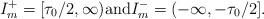
LaTeX: \begin{align*}I_m^+ = [\tau_0/2,\infty) \mbox{and} I_m^- = (-\infty,-\tau_0/2].\end{align*}